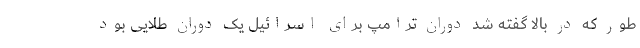
طور که در بالا گفته شد دوران ترامپ برای اسرائیل یک دوران طلایی بود